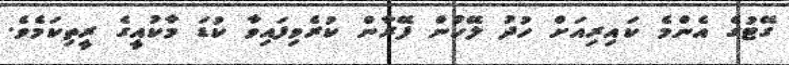
ގޭޓުގެ އެންމެ ކައިރިއަށް ހުދު ލޭހުން ފޭރާން ކުރެވިފައިވާ ކުޑަ މާކުއީގެ ރީތިކަމެވެ.